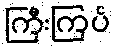
ကြီးကြပ်